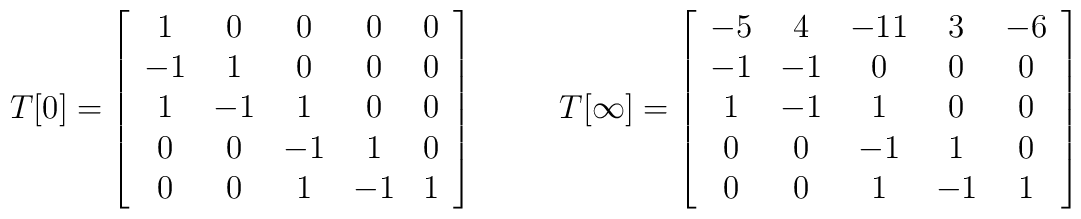
\begin{array}{ccc}T[0]=\left [\begin {array}{ccccc} 1&0&0&0&0\\-1&1&0&0&0\\1&-1&1&0&0\\0&0&-1&1&0\\0&0&1&-1&1\end {array}\right ]&~~~&T[\infty]=\left [\begin {array}{ccccc} -5&4&-11&3&-6\\ -1&-1&0&0&0\\1&-1&1&0&0\\ 0&0&-1 &1&0\\0&0&1&-1&1\end {array} \right ]\end{array}